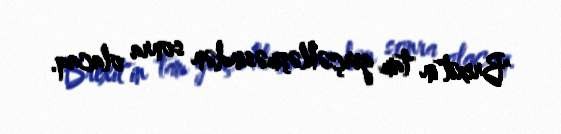
"Brexit"in tam gerçəkləşməsindən sonra olacaq.